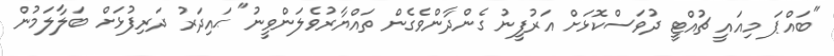
"ބައްޕަ މިއައީ ޗުއްޓީ ދުވަސްކޮޅަށް އަރުފީނު ގެންދާންވެގެން ތައްޔާރުވެލަންވީނު" ޙައިދަރު ދަރިފުޅަށް ބަލާލަމުން